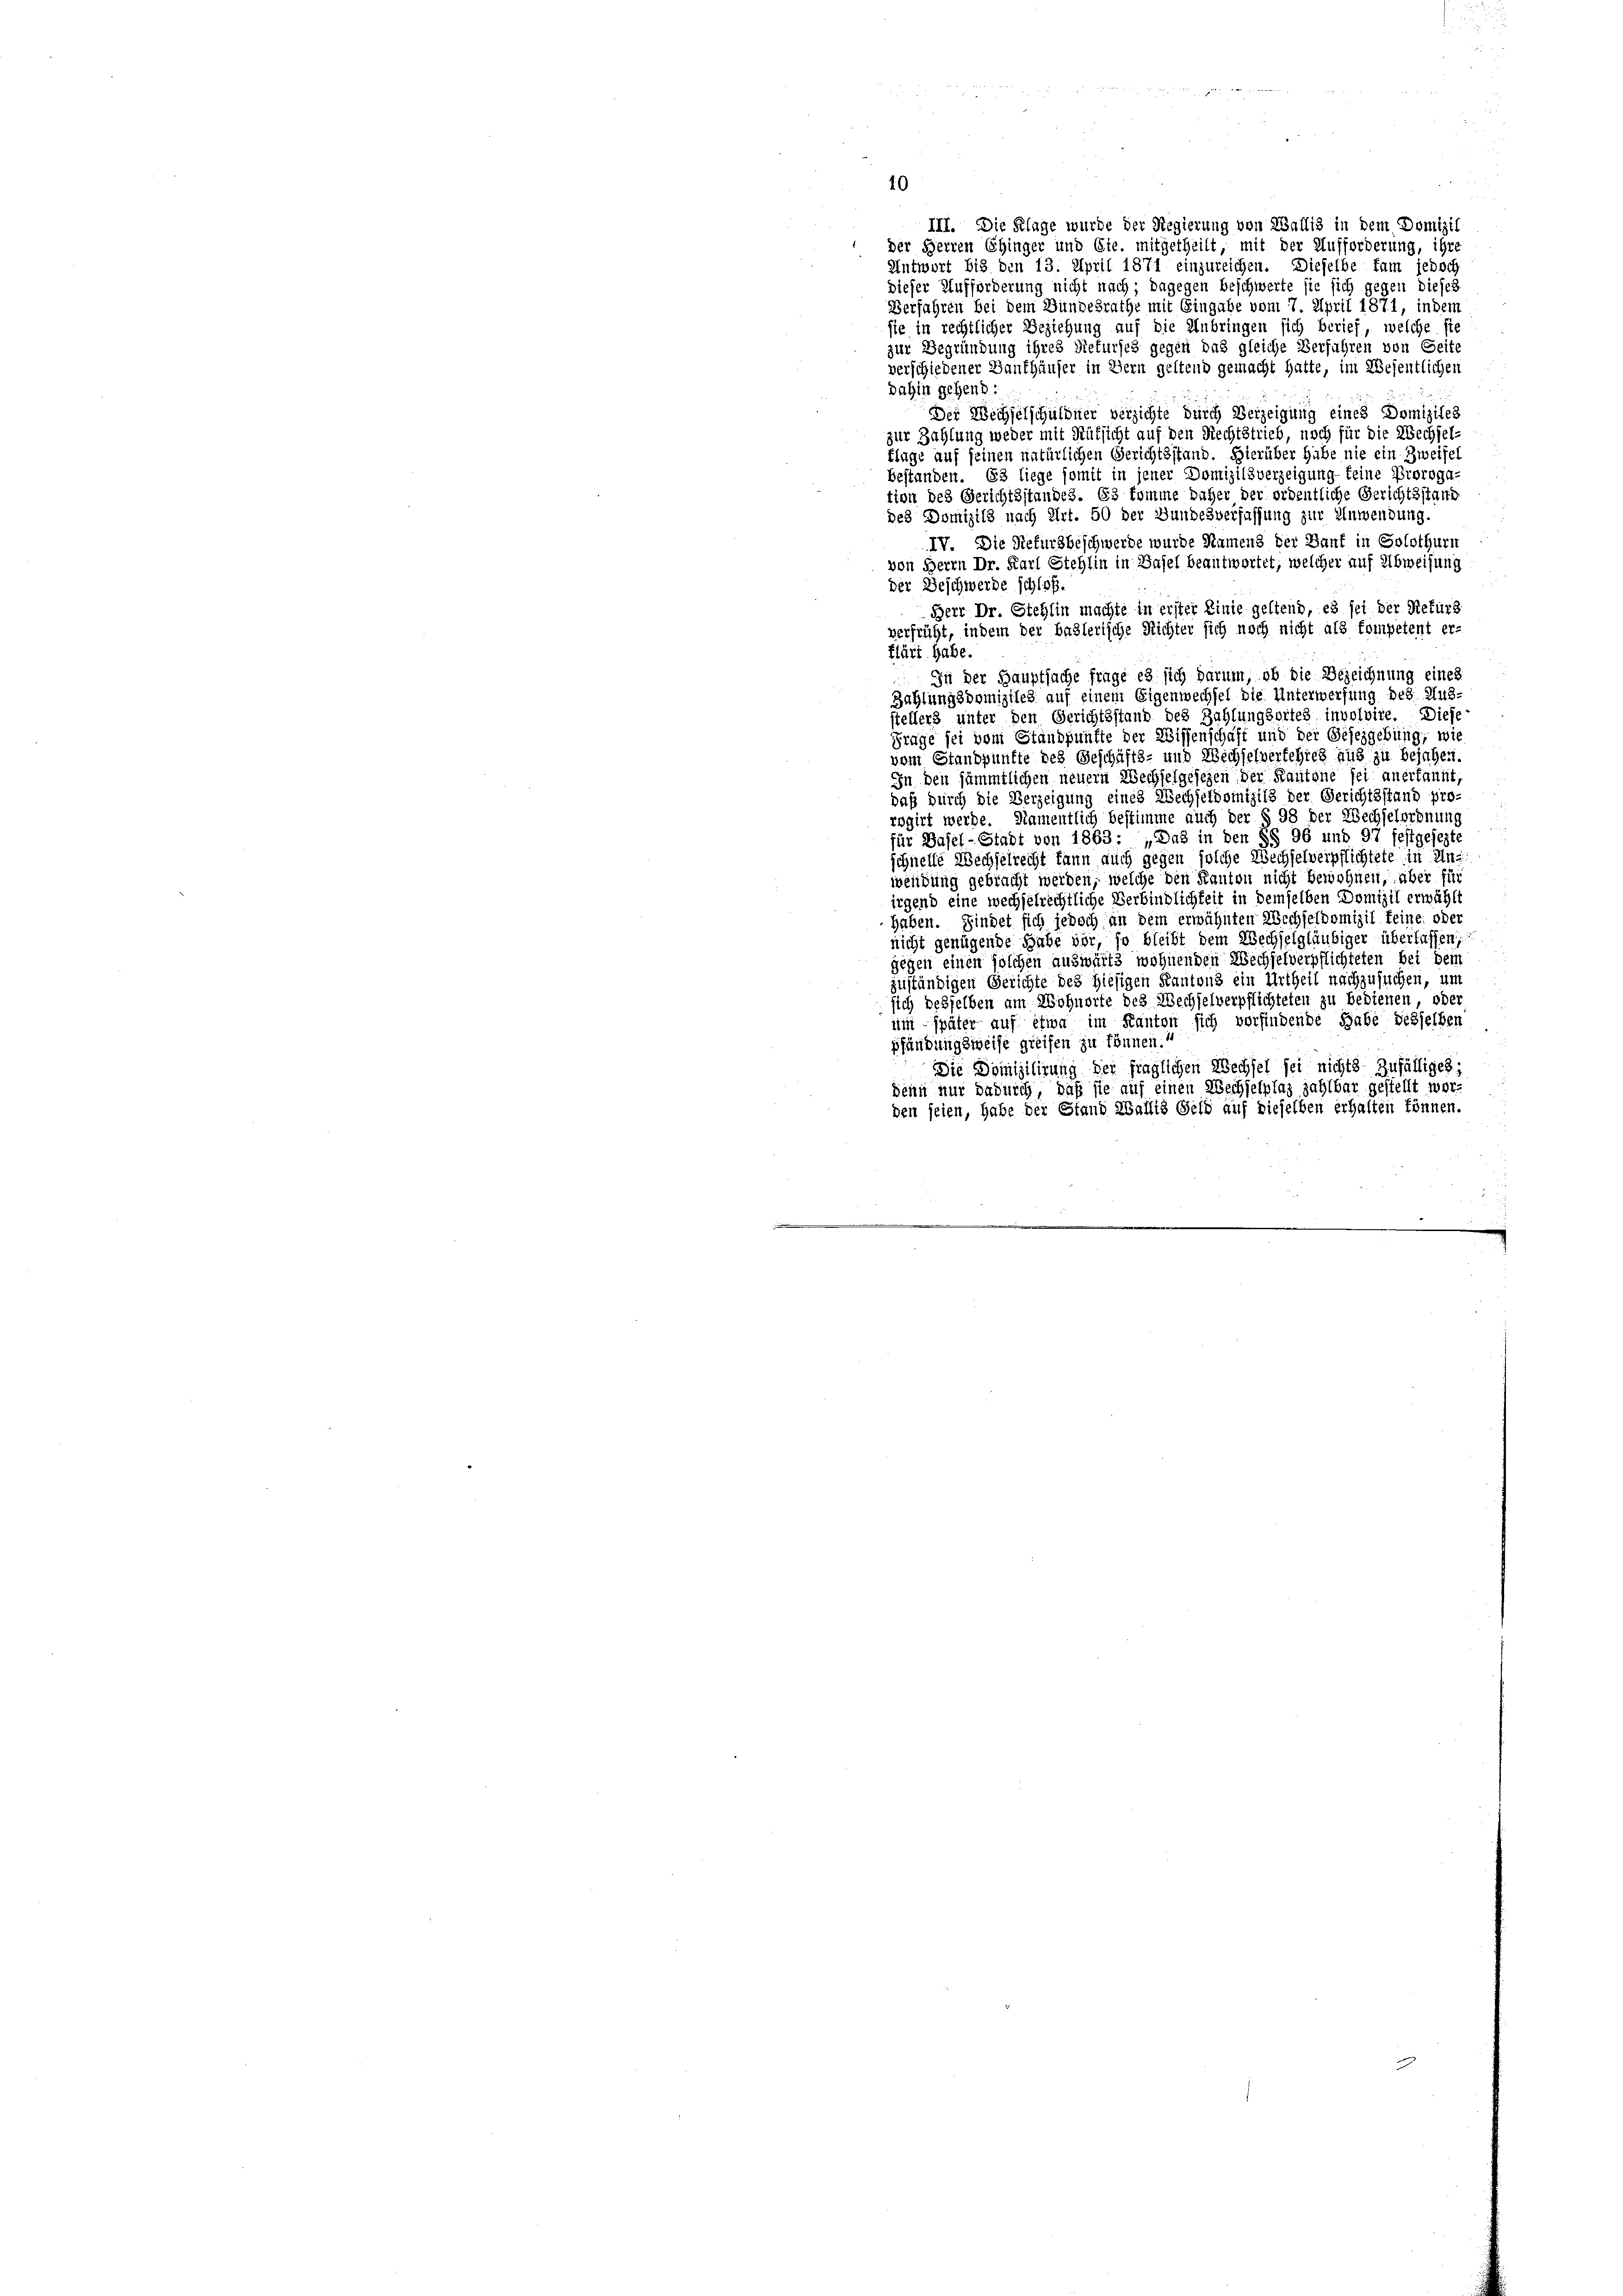
10
III. Die Klage wurde der Regierung von Wallis in dem Domizil
der Herren Ehinger und Cie. mitgetheilt, mit der Aufforderung, ihre
Antwort bis den 13. April 1871 einzureichen. Dieselbe kam jedoch
dieser Aufforderung nicht nach; dagegen beschwerte sie sich gegen dieses
Verfahren bei dem Bundesrathe mit Eingabe vom 7. April 1871, indem
sie in rechtlicher Beziehung auf die Anbringen sich berief, welche sie
zur Begründung ihres Refurses gegen das gleiche Verfahren von Seite
verschiedener Banthäuser in Bern geltend gemacht hatte, im Wesentlichen
dahin gehend:
Der Wechselschuldner verzichte durch Verzeigung eines Domiziles
zur Zahlung weder mit Rüksicht auf den Rechtstrieb, noch für die Wechsel-
flage auf seinen natürlichen Gerichtsstand. Hierüber habe nie ein Zweifel
bestanden. 63 liege somit in jener Domizilsverzeigung keine Proroga-
tion des Gerichtsstandes. Es komme daher der ordentliche Gerichtsstand
des Domizils nach Art. 50 der Bundesverfassung zur Anwendung.
IV. Die Refursbeschwerde wurde Namens der Bauf in Solothurn
von Herrn Dr. Karl Stehlin in Basel beantwortet, welcher auf Abweisung
der Beschwerde schloß.
Herr Dr. Stehlin machte in erster Linie geltend, es sei der Rekurs
verfrüht, indem der baslerische Richter sich noch nicht als kompetent er-
klärt habe.
In der Hauptsache frage es sich darum, ob die Bezeichnung eines
Zahlungsdomiziles auf einem Eigenwechsel die Unterwerfung des Aus-
stellers unter den Gerichtsstand des Zahlungsortes involvire. Diese
Frage sei von Standpunfte der Wissenschaft und der Gesezgebung, wie
vom Standpunkte des Geschäfts- und Wechselverfehles aus zu bejahen.
in den sämmtlichen neuern Wechselgesehen der Kantone sei anerkannt,
daß durch die Verzeigung eines Wechseldomizils der Gerichtsstand pro-
rogirt werde. Namentlich bestimme auch der § 98 der Wechselordnung
für Basel-Stadt von 1863: „Das in den §§ 96 und 97 festgesezte
schnelle Wechselrecht kann auch gegen solche Wechselverpflichtete in Unwendung gebracht werden, welche den Kanton nicht bewohnen, über für
irgend eine wechselrechtliche Verbindlichkeit in demselben Domizil erwählt
Haben. Findet sich jedoch an dem erwähnten Wechseldomizil keine oder
nicht genügende Habe vor, so bleibt dem Wechselgläubiger überlassen;
gegen einen solchen auswärts wohnenden Wechselverpflichteten bei dem
zuständigen Gerichte des hiesigen Kantons ein Urtheil nachzusuchen, um
sich desselben am Wohnorte des Wechselverpflichteten zu bedienen, oder
um später auf etwa im Kanton sich vorfindende habe desselben
pfändungsweise greifen zu können.
Die Domizilirung der fraglichen Wechsel sei nichts zufälliges;
Denn nur dadurch, daß sie auf einen Wechselplaz zahlbar gestellt worden seien, habe der Stand Wallis Geld auf dieselben erhalten können.